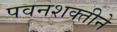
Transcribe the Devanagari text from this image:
पवनशक्तीने